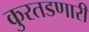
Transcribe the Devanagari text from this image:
कुरतडणारी